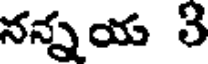
నన్నయ 3